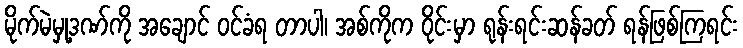
မိုက်မဲမှု့ဒဏ်ကို အချောင် ဝင်ခံရ တာပါ၊ အစ်ကိုက ဝိုင်းမှာ ရုန်းရင်းဆန်ခတ် ရန်ဖြစ်ကြရင်း